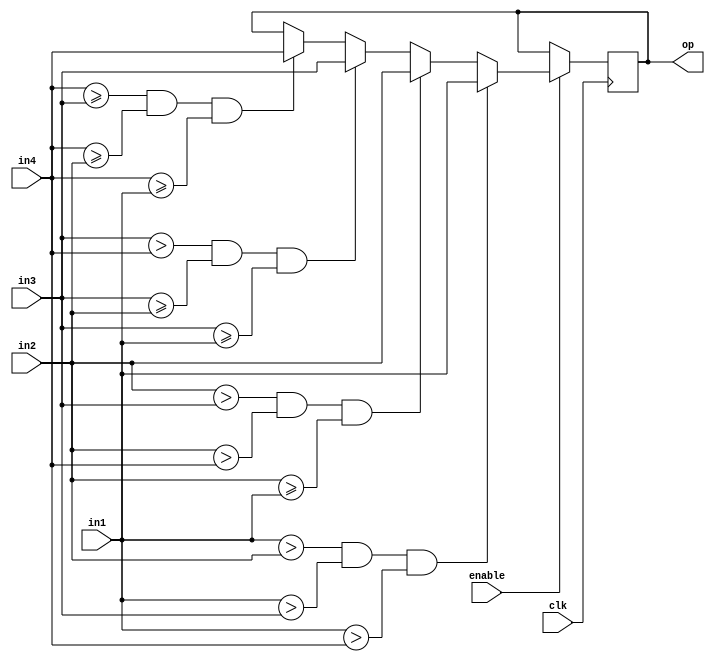
`timescale 1ns / 1ps
//////////////////////////////////////////////////////////////////////////////////
// Company: 
// Engineer: 
// 
// Design Name: 
// Module Name:    maxpool 
// Project Name: 
// Target Devices: 
// Tool versions: 
// Description: 
//
// Dependencies: 
//
// Revision: 
// Revision 0.01 - File Created
// Additional Comments: 
//
//////////////////////////////////////////////////////////////////////////////////
module maxpool(
		input 			[7:0]		in1,
		input				[7:0]		in2,
		input				[7:0]		in3,
		input				[7:0]		in4,
		input							clk,		
		input 						enable,	//enable for start maxpooling				
		output	reg	[7:0]		op		
		//output	reg				maxready	//maxpool is ready bro
    );
	 always @ (posedge clk) begin
			if (enable) begin
						  if (in1 > in2 	&& in1 > in3 	&& in1 > in4) begin
							op		=	in1;
					end
					else if (in2 > in3 	&& in2 > in4 		&& in2 >=in1) begin
							op		=	in2;
					end
					else if (in3 >	in4 && in3 >= in2 	&& in3>= in1) begin
							op		=	in3;
					end
					else if (in4 >= in3 && in4 >= in2 && in4 >= in1) begin
							op		=	in4;
					end
			end
	 end
endmodule